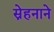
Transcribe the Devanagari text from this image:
स्नेहनाने